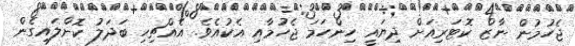
ޖެހުމުން ނާޒް ކޮޓަރިއަށް ދިޔައީ ހިންހަމަ ޖެހުމާއި އެކުއެވެ. އެއްޗިހި ބަދަލު ކޮށްލައިގެން